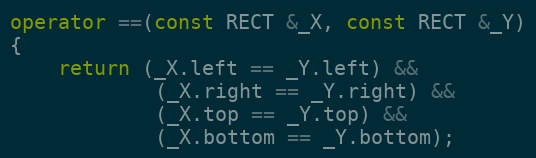
Language: C++
operator ==(const RECT &_X, const RECT &_Y)
{
	return (_X.left == _Y.left) &&
			(_X.right == _Y.right) &&
			(_X.top == _Y.top) &&
			(_X.bottom == _Y.bottom);